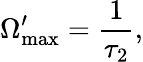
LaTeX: \Omega_{\mathrm{max}}^{\prime}=\frac{1}{\tau_{2}},